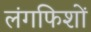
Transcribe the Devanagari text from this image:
लंगफिशों